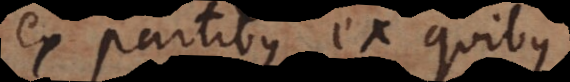
ex partibus ex quibus